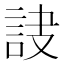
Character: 𧦾